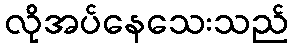
လိုအပ်နေသေးသည်